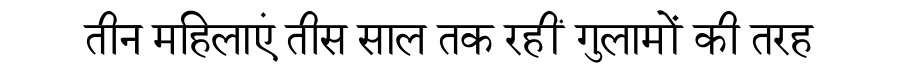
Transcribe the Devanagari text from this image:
तीन महिलाएं तीस साल तक रहीं गुलामों की तरह